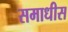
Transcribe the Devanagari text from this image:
समाधीस